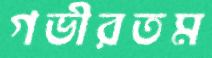
গভীরতম